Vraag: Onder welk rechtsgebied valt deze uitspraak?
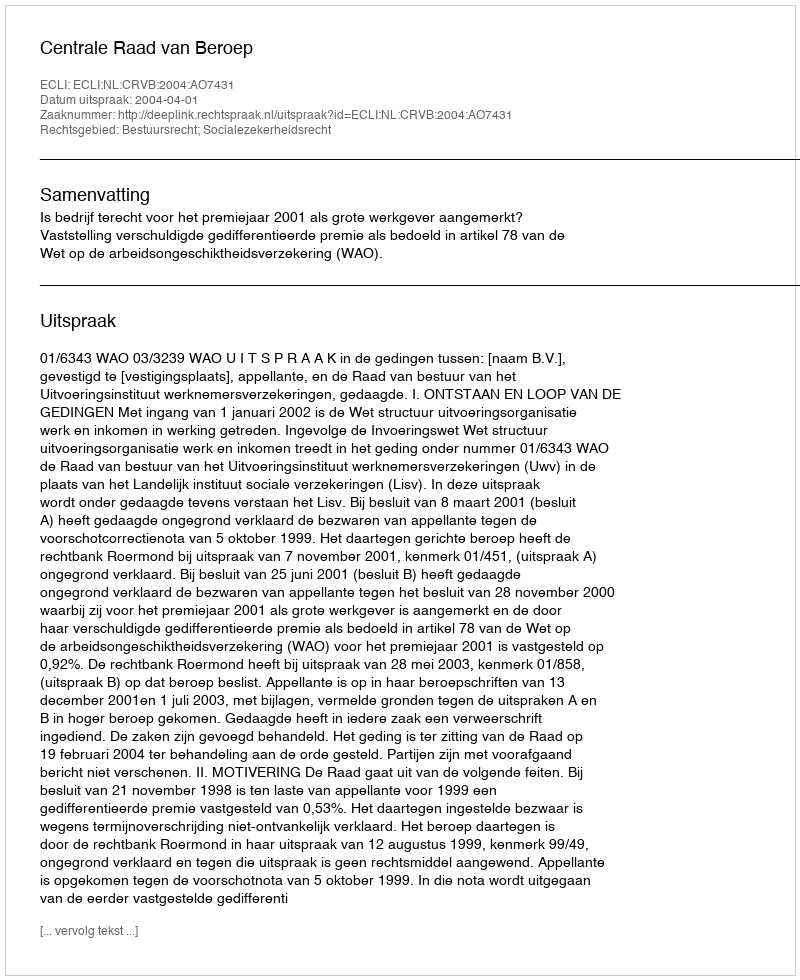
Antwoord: Bestuursrecht; Socialezekerheidsrecht